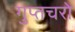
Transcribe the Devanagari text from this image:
गुप्‍तचरो